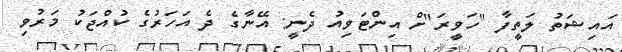
އައިޝަތު ލަތީފާ "ހަވީރަ"ށް އިންޓަވިއު ދެނީ: އޭނާގެ ދެ އަހަރުގެ ކުއްޖަކު މަރުވި